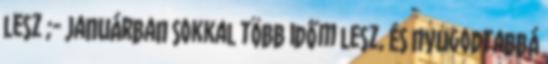
lesz ;- Januárban sokkal több időm lesz, és nyugodtabbá